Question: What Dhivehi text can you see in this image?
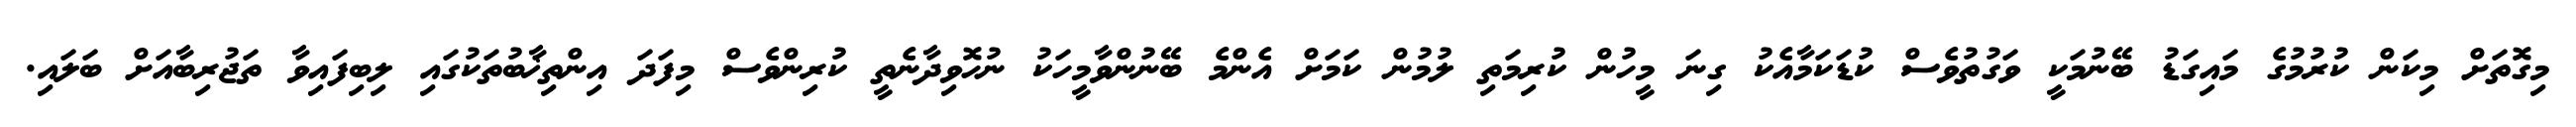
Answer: މިގޮތަށް މިކަން ކުރުމުގެ މައިގަޑު ބޭނުމަކީ ވަގުތުވެސް ކުޑަކަމާއެކު ގިނަ މީހުން ކުރިމަތި ލުމުން ކަމަށް އެންމެ ބޭނުންވާމީހަކު ނުހޮވިދާނެތީ ކުރިންވެސް މިފަދަ އިންތިޚާބުތަކުގައި ލިބިފައިވާ ތަޖުރިބާއަށް ބަލައި.